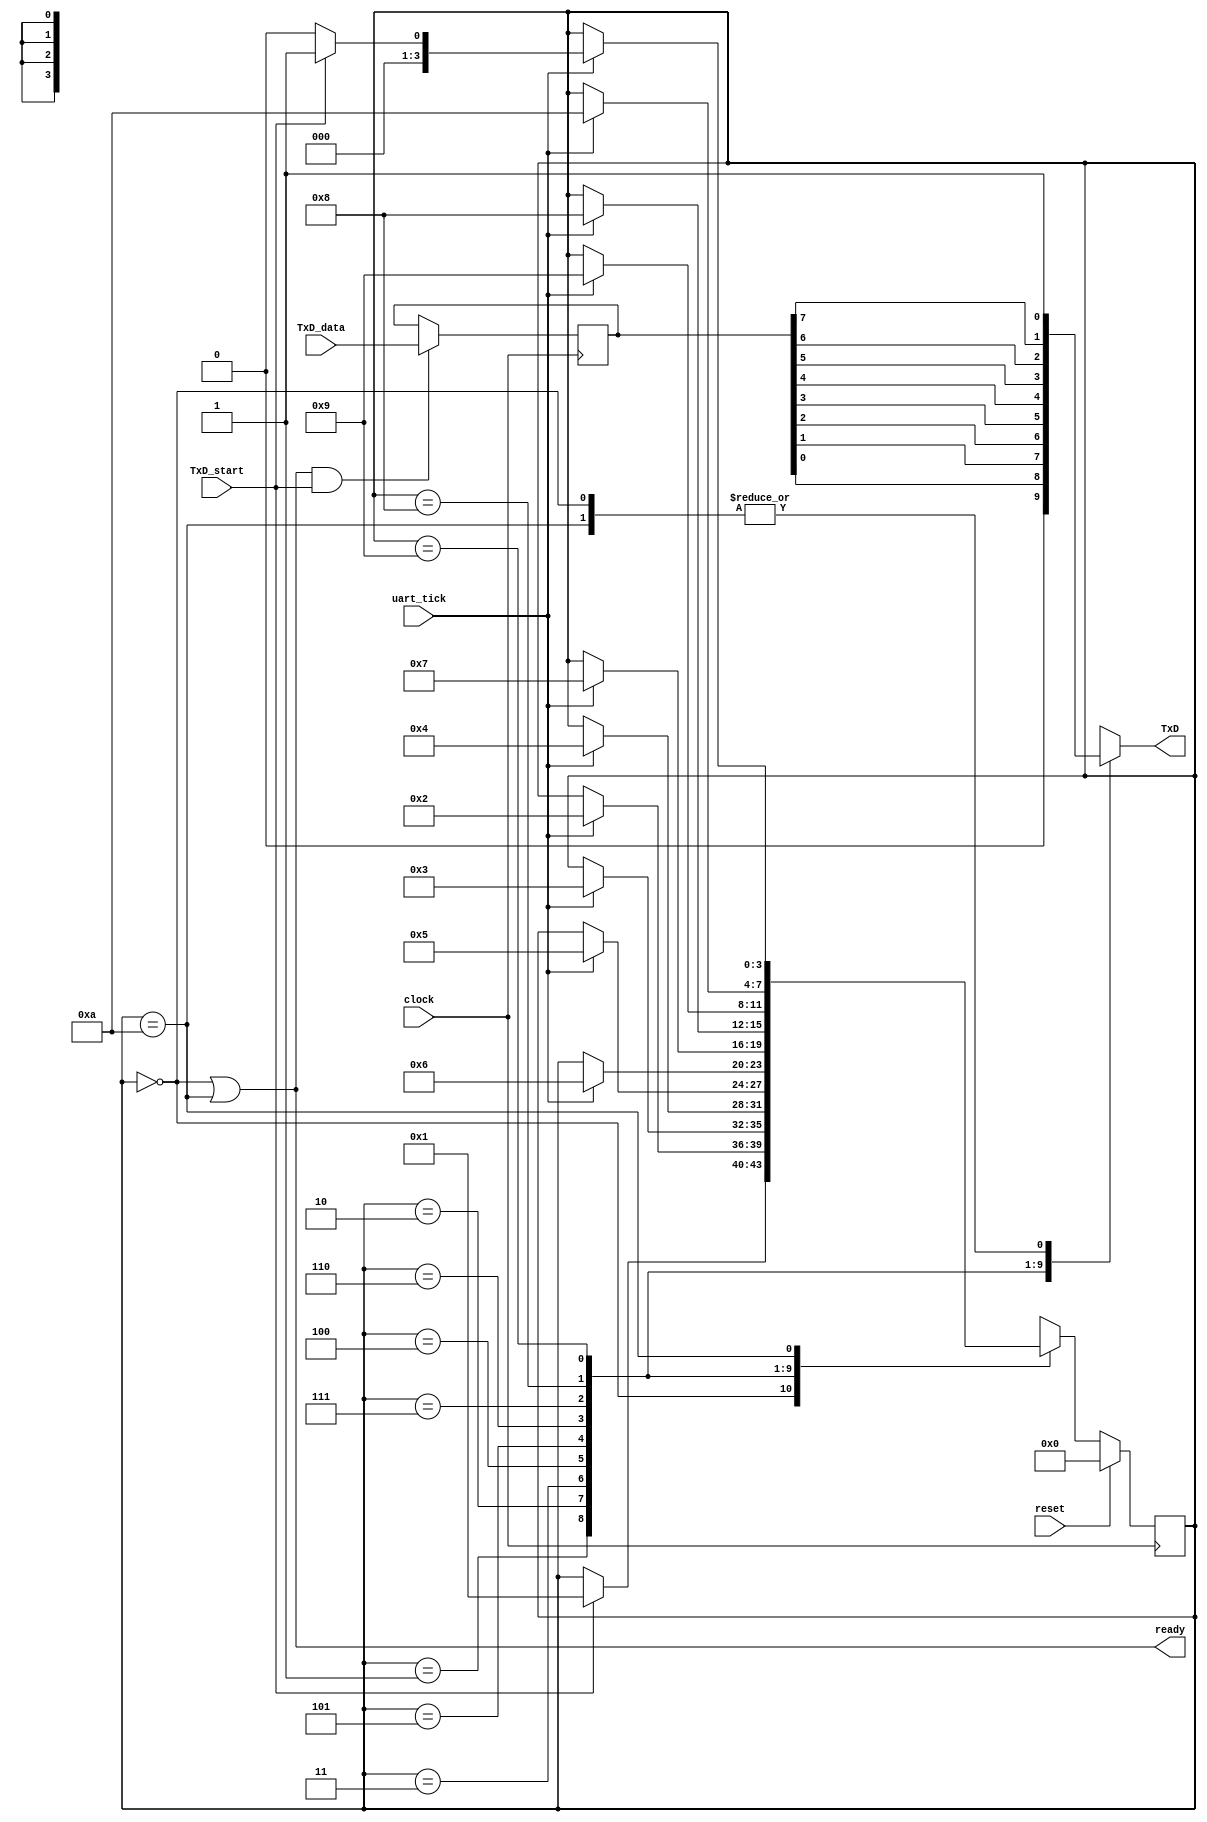
`timescale 1ns / 1ps
/*
 * Project      : University of Utah, XUM Project MIPS32 core
 * Creator(s)   : Grant Ayers (ayers@cs.utah.edu)
 *
 * Modification History:
 *   Rev   Date         Initials  Description of Change
 *   1.0   25-Mar-2010  GEA       Initial design.
 *
 * Standards/Formatting:
 *   Verilog 2001, 4 soft tab, wide column.
 *
 * Description:
 *   Transmits bytes of data from the serial port. Capable of back-to-back
 *   transmission of data for maximum bandwidth utilization.
 *   'TxD_start' must only pulse with a 'uart_tick' pulse. 8N1.
 */
module uart_tx (
    input clock,
    input reset,
    input uart_tick,
    input [7:0] TxD_data,
    input TxD_start,    // Must happen with a uart_tick
    output ready,
    output reg TxD
    );

    localparam [3:0] IDLE=0, START=1, BIT_0=2, BIT_1=3, BIT_2=4, BIT_3=5,
                     BIT_4=6, BIT_5=7, BIT_6=8, BIT_7=9, STOP=10;

    reg [3:0] tx_state = IDLE;
    reg [7:0] TxD_data_r = 8'h00;    // Registered input data so it doesn't need to be held

    assign ready = (tx_state == IDLE) || (tx_state == STOP);

    always @(posedge clock) begin
        TxD_data_r <= (ready & TxD_start) ? TxD_data : TxD_data_r;
    end

    always @(posedge clock) begin
        if (reset) tx_state <= IDLE;
        else begin
            case (tx_state)
                IDLE:   if (TxD_start) tx_state <= START;
                START:  if (uart_tick) tx_state <= BIT_0;
                BIT_0:  if (uart_tick) tx_state <= BIT_1;
                BIT_1:  if (uart_tick) tx_state <= BIT_2;
                BIT_2:  if (uart_tick) tx_state <= BIT_3;
                BIT_3:  if (uart_tick) tx_state <= BIT_4;
                BIT_4:  if (uart_tick) tx_state <= BIT_5;
                BIT_5:  if (uart_tick) tx_state <= BIT_6;
                BIT_6:  if (uart_tick) tx_state <= BIT_7;
                BIT_7:  if (uart_tick) tx_state <= STOP;
                STOP:   if (uart_tick) tx_state <= (TxD_start) ? START : IDLE;
                default: tx_state <= 4'bxxxx;
            endcase
        end
    end

    always @(tx_state, TxD_data_r) begin
        case (tx_state)
            IDLE:   TxD <= 1;
            START:  TxD <= 0;
            BIT_0:  TxD <= TxD_data_r[0];
            BIT_1:  TxD <= TxD_data_r[1];
            BIT_2:  TxD <= TxD_data_r[2];
            BIT_3:  TxD <= TxD_data_r[3];
            BIT_4:  TxD <= TxD_data_r[4];
            BIT_5:  TxD <= TxD_data_r[5];
            BIT_6:  TxD <= TxD_data_r[6];
            BIT_7:  TxD <= TxD_data_r[7];
            STOP:   TxD <= 1;
            default: TxD <= 1'bx;
        endcase
    end

endmodule